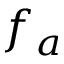
f _ { a }